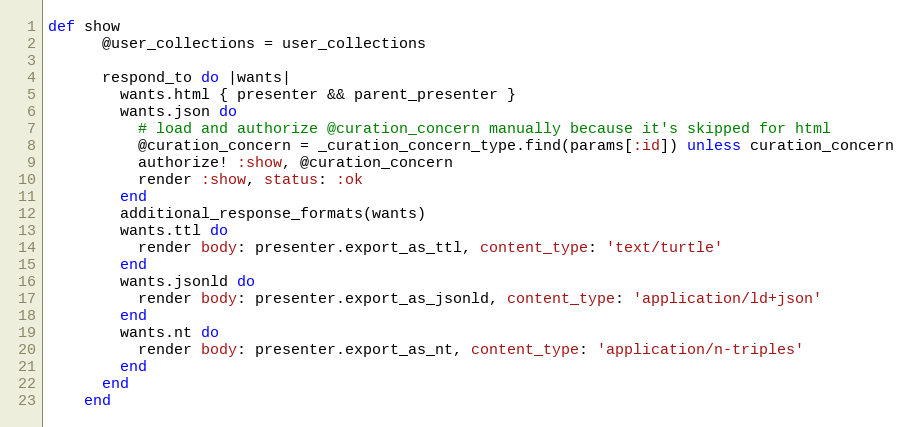
Language: Ruby
def show
      @user_collections = user_collections

      respond_to do |wants|
        wants.html { presenter && parent_presenter }
        wants.json do
          # load and authorize @curation_concern manually because it's skipped for html
          @curation_concern = _curation_concern_type.find(params[:id]) unless curation_concern
          authorize! :show, @curation_concern
          render :show, status: :ok
        end
        additional_response_formats(wants)
        wants.ttl do
          render body: presenter.export_as_ttl, content_type: 'text/turtle'
        end
        wants.jsonld do
          render body: presenter.export_as_jsonld, content_type: 'application/ld+json'
        end
        wants.nt do
          render body: presenter.export_as_nt, content_type: 'application/n-triples'
        end
      end
    end